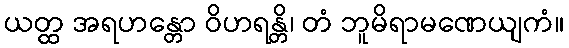
ယတ္ထ အရဟန္တော ဝိဟရန္တိ၊ တံ ဘူမိရာမဏေယျကံ။